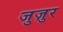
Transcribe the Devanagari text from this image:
जुज़ुर